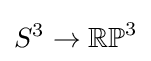
S^{3}\to \mathbb {RP} ^{3}